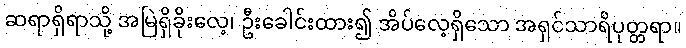
ဆရာရှိရာသို့ အမြဲရှိခိုးလေ့၊ ဦးခေါင်းထား၍ အိပ်လေ့ရှိသော အရှင်သာရိပုတ္တရာ။